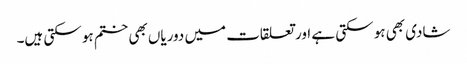
شادی بھی ہو سکتی ہے اور تعلقات میں دوریاں بھی ختم ہو سکتی ہیں۔